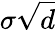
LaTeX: \sigma{\sqrt{d}}